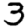
Digit: 3